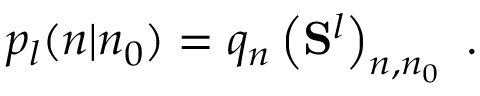
\begin{array} { r } { p _ { l } ( n | n _ { 0 } ) = q _ { n } \left( \mathbf { S } ^ { l } \right) _ { n , n _ { 0 } } \ . } \end{array}